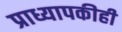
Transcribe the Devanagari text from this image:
प्राध्यापकीही